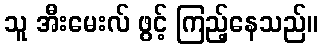
သူ အီးမေးလ် ဖွင့် ကြည့်နေသည်။